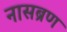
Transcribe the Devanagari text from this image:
नासब्रण